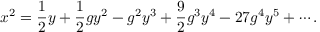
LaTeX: x ^ { 2 } = \frac { 1 } { 2 } y + \frac { 1 } { 2 } g y ^ { 2 } - g ^ { 2 } y ^ { 3 } + \frac { 9 } { 2 } g ^ { 3 } y ^ { 4 } - 2 7 g ^ { 4 } y ^ { 5 } + \cdots .